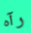
رآه